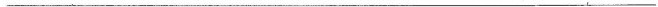
______________________________________________________